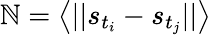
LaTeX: \mathbb{N}=\left<||s_{t_{i}}-s_{t_{j}}||\right>